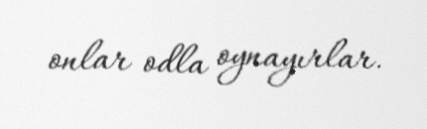
onlar odla oynayırlar.